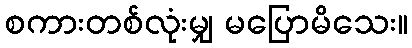
စကားတစ်လုံးမျှ မပြောမိသေး။